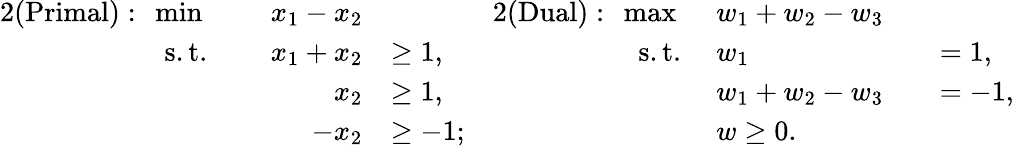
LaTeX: \begin{array}{rlrl}{{2}(\mathrm{Primal}):~\operatorname*{min}~}&{}&{x_{1}-x_{2}}\\ {\mathrm{s.t.}~}&{}&{x_{1}+x_{2}}&{\geq 1,}\\ &{}&{x_{2}}&{\geq 1,}\\ &{}&{-x_{2}}&{\geq-1;}\end{array}\quad\begin{array}{rlrl}{{2}(\mathrm{Dual}):~\operatorname*{max}~}&{w_{1}+w_{2}-w_{3}}\\ {\mathrm{s.t.}~}&{w_{1}}&&{=1,}\\ &{w_{1}+w_{2}-w_{3}}&&{=-1,}\\ &{w\geq 0.}\end{array}